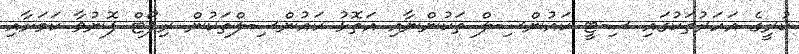
ކުރީގެ އަހަރުތަކުގައި ސިޓީ ކައުންސިލް ތަކުންނާއި އަތޮޅު ކައުންސިލްތަކުން ރިޕޯޓް ފޮނުވާ ކަމަށާއި